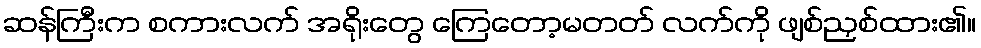
ဆန်ကြီးက စကားလက် အရိုးတွေ ကြေတော့မတတ် လက်ကို ဖျစ်ညှစ်ထား၏။